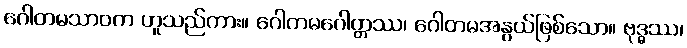
ဂေါတမသာဝက ဟူသည်ကား။ ဂေါတမဂေါတ္တဿ၊ ဂေါတမအနွယ်ဖြစ်သော။ ဗုဒ္ဓဿ၊